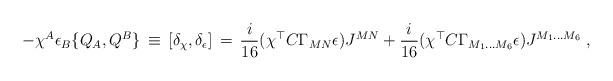
LaTeX: \begin{align*} -\chi^A\epsilon_B \{Q_A,Q^B\}\,\equiv\,[\delta_{\chi},\delta_{\epsilon}]\,=\,\frac{i}{16} (\chi^{\top}C \Gamma_{MN}\epsilon) J^{MN}+\frac{i}{16} (\chi^{\top}C \Gamma_{M_1\ldots M_6}\epsilon)J^{M_1\ldots M_6}\;,\end{align*}